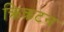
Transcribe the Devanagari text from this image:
क्रिकटन